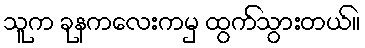
သူက ခုနကလေးကမှ ထွက်သွားတယ်။